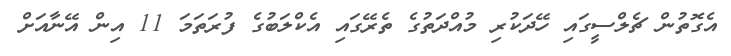
އެގޮތުން ޗެލްސީގައި ހޭދަކުރި މުއްދަތުގެ ތެރޭގައި އެކްލަބުގެ ފުރަތަމަ 11 އިން އޭނާއަށް